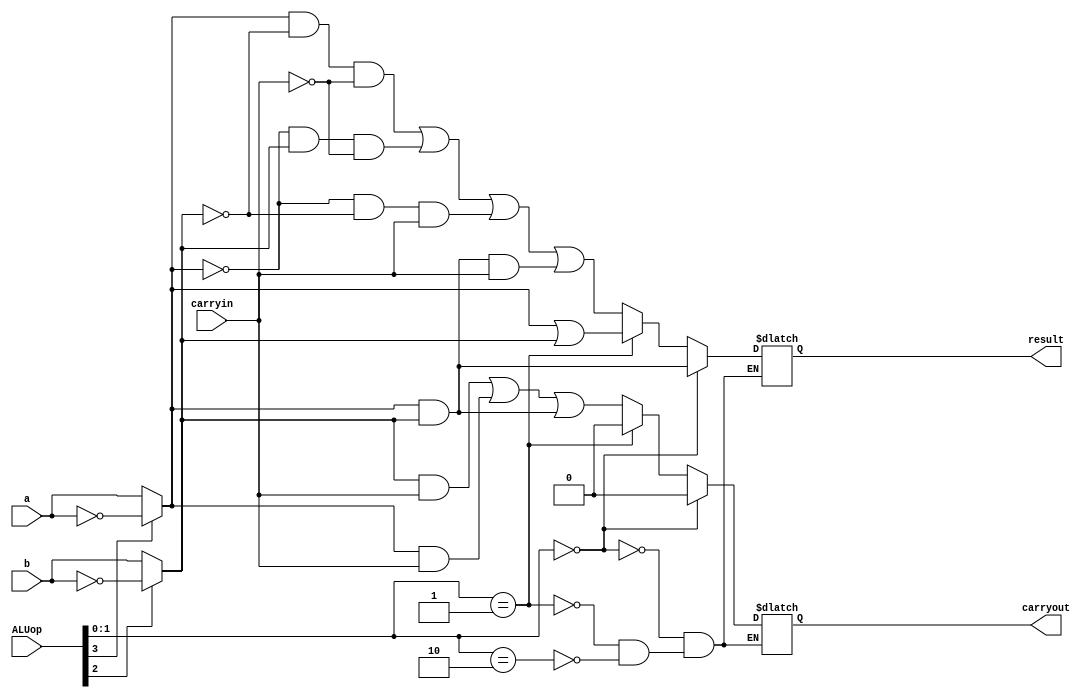
module ALU_1_BIT
(
  input a, b, carryin,
  input [3:0]ALUop,
  output reg result, carryout
);

wire mux1out, mux2out;

//Assigning data to wires
assign  mux1out = ALUop[3] ? ~a : a;
assign  mux2out = ALUop[2] ? ~b : b; 

// 3:1 MUX output
always @ (*)
begin    
  if (ALUop[1:0] == 2'b00)
  begin
    result <= mux1out & mux2out;
    carryout <= 1'b0;
  end
  else if (ALUop[1:0] == 2'b01)
  begin
    result <= mux1out | mux2out;
    carryout <= 1'b0;
  end
  else if (ALUop[1:0] == 2'b10)
  begin
    result <= (mux1out & (~mux2out) & (~carryin)) | ((~mux1out) & mux2out & (~carryin)) | ((~mux1out) & (~mux2out) & carryin) | (mux1out & mux2out & carryin);
    carryout <= (mux2out & carryin) | (mux1out & carryin) | (mux1out & mux2out);
  end
end

endmodule